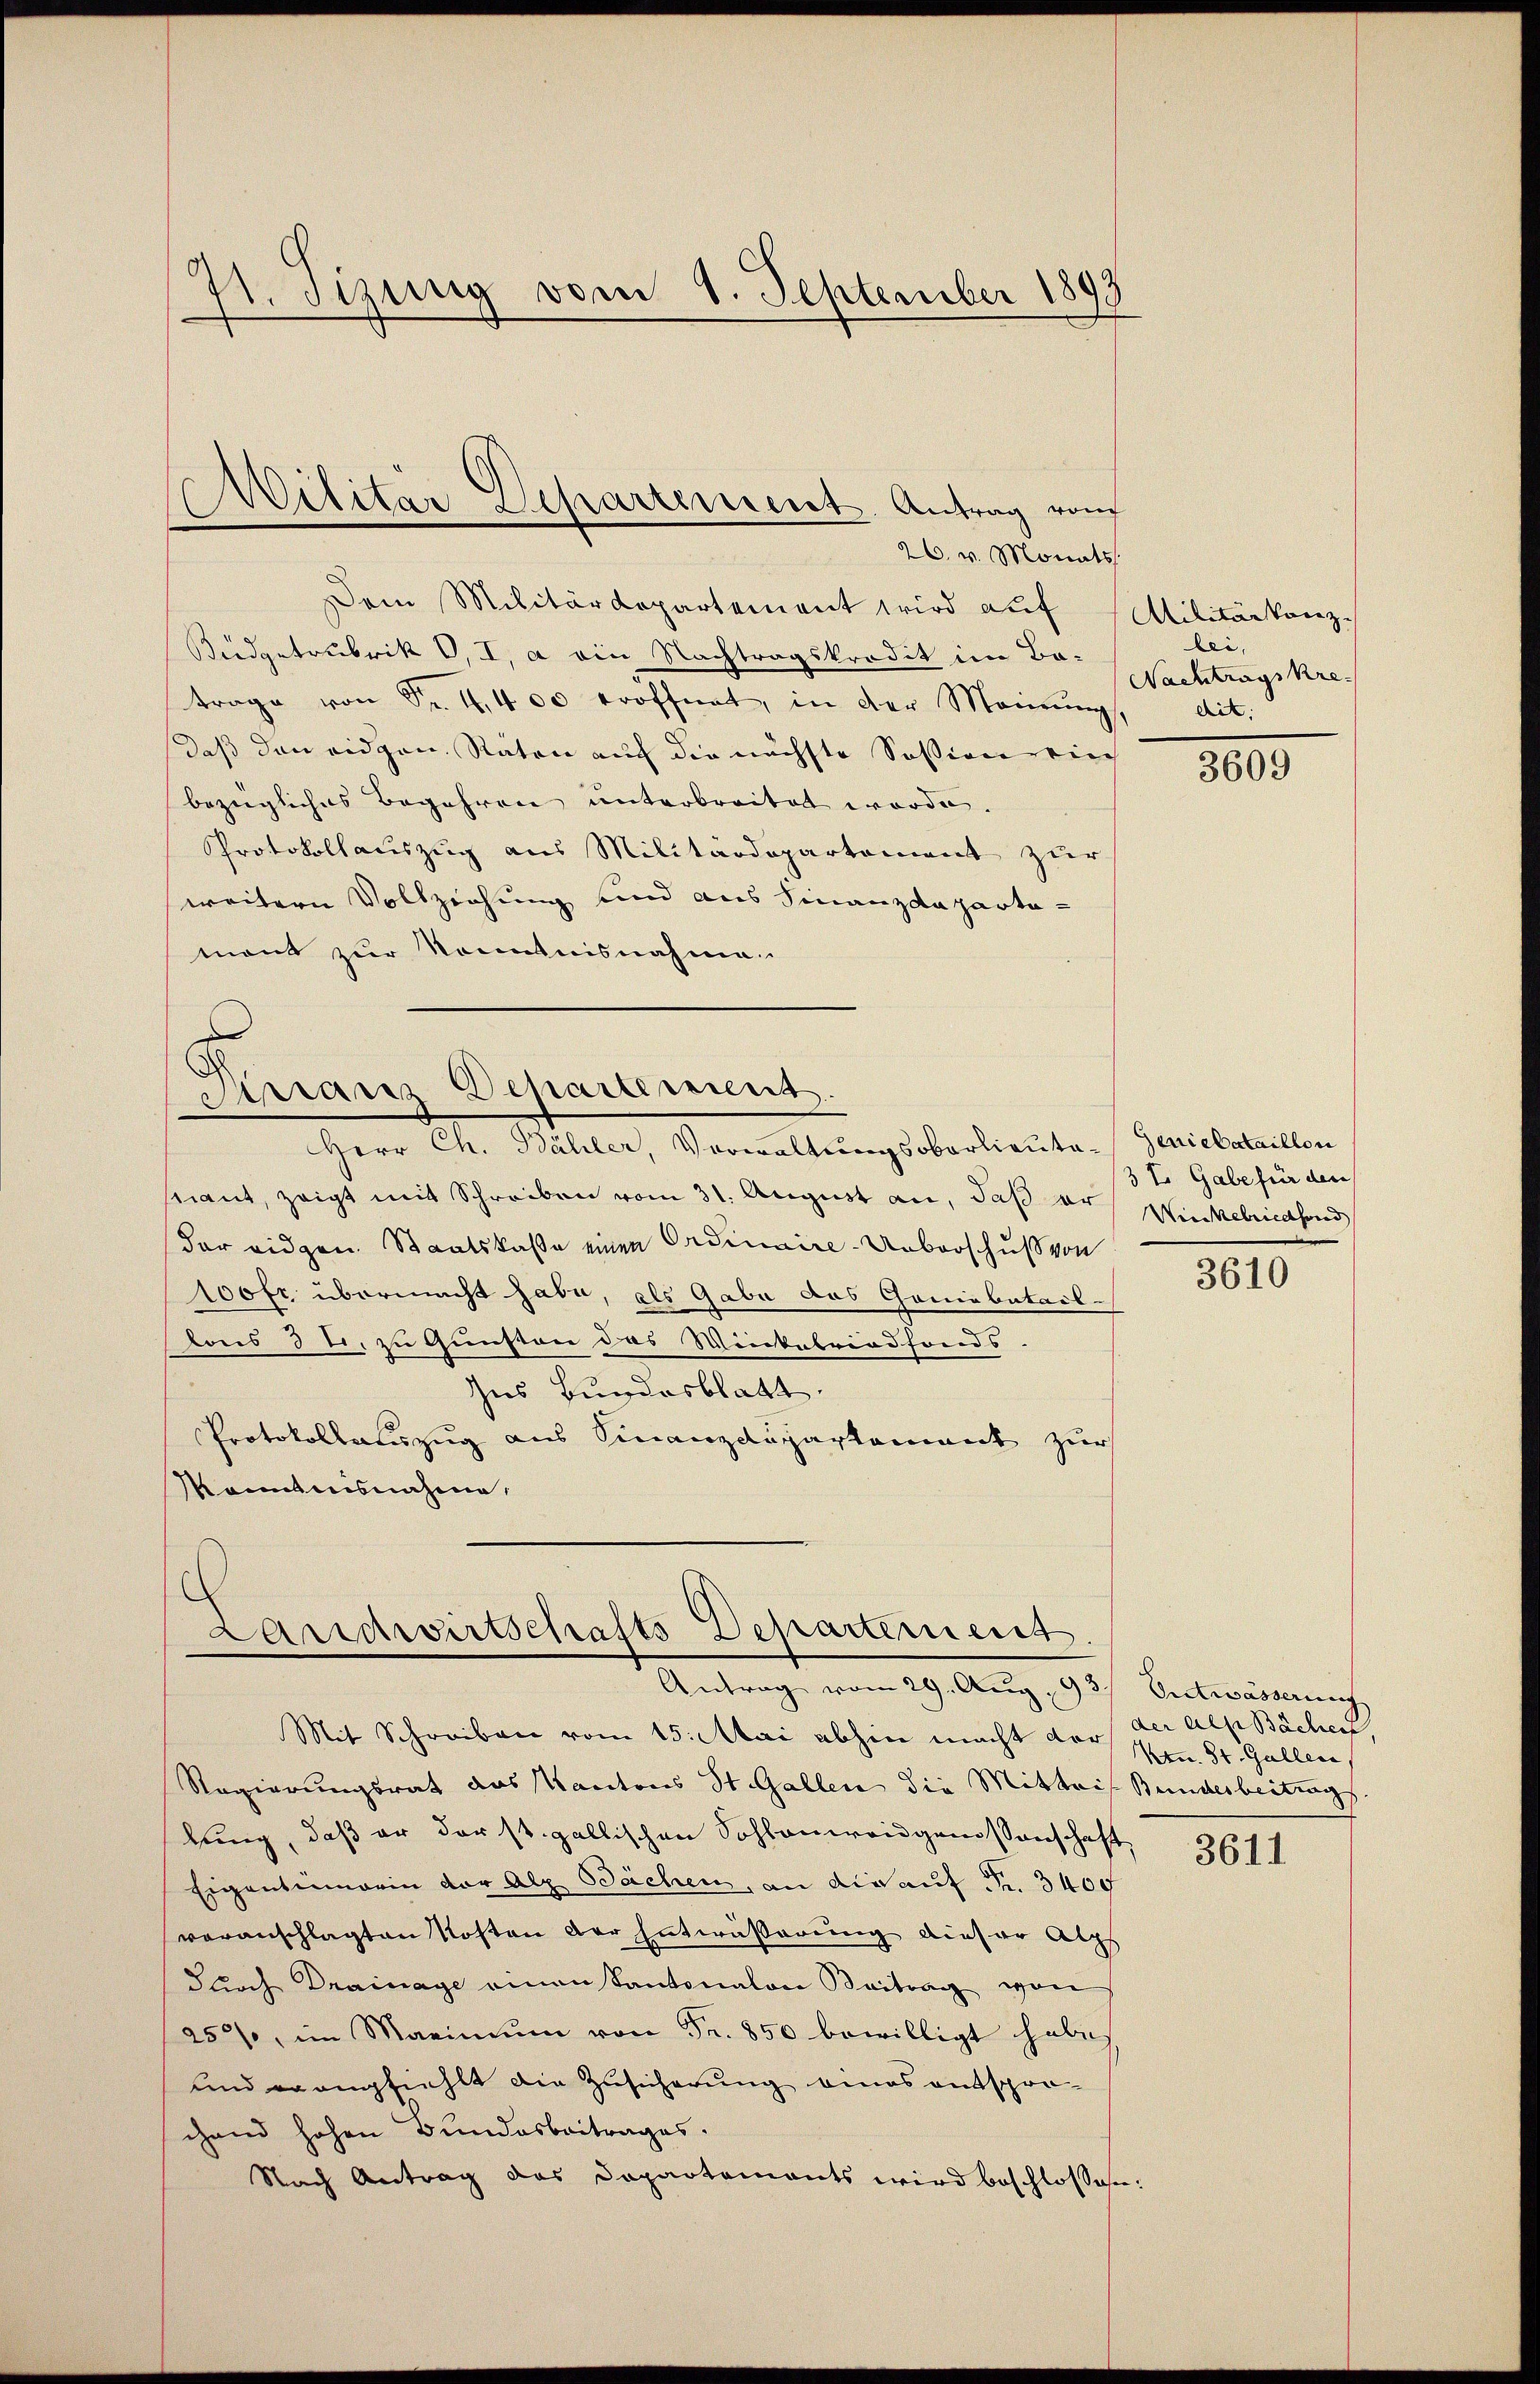
71. Sizung vom 1. September 1893

Dem Militärdepartement wird auf Militärkanz¬
Budgetrubrik O, I, a ein Nachtragskredit im Ba-
trage von Fr. 4400 eröffnet, in der Meinung,
daß den eidgen. Räten auf die nächste Session wie
bezügliches Begehren unterbreitet worden.
Protokollauszug aus Militärdepartement zur
weitern Vollziehung und aus Finanzdepartamont zur Kenntnisnahme

Wilitar Departement. Antrag von
26. v. Monats

.
Dirranz Departement.
Herr Ch. Bähler, Vorwaltungsobarlieuta-

Landwirtschafts Departement.
Antrag vom 29. Aŭg. 93. Entwässerung

stiant, zeigt mit Schreiben vom 31. August an, daß er
der eidgen. Staatskasse einen Ordinaire-Ueberschuß von
100fr. übermacht habe, als Gabe das Ganiebatail-
lous 3 l. zu Gunsten das Winkelriedfonds
Ins Bundesblatt.
Protokollatuzug aus Finanzdepartement zur
Montnisnahme,

Mit Schreiben vom 15. Mai abhin macht der
Regierungsrat das Kantons St. Gallen die Mittais Bundesbeitungs
lung, daß er der st. gallischen Sohlenweidgenossenschaft
Eigentiorin der Alp Bächen, an die auf Fr. 3400
voranschlagten Kosten der Entwässerung dieser Alps
dŭrch Drainage einen Kantonalen Beitrag von
250%, im Marinium von Fr. 850 bewilligt habe,
und er empfiehlt die Zusicherung eines entspro-
chand hohen Bundesbeitrages.
Nach Antrag das Departements wird beschlossen:

bei,
Nachtragskre
dit.

3609

Geniebataillon
3t. Gabe für den
Winkelriedhond

3610

der als Bächert,
Non. St. Gallen,

3611